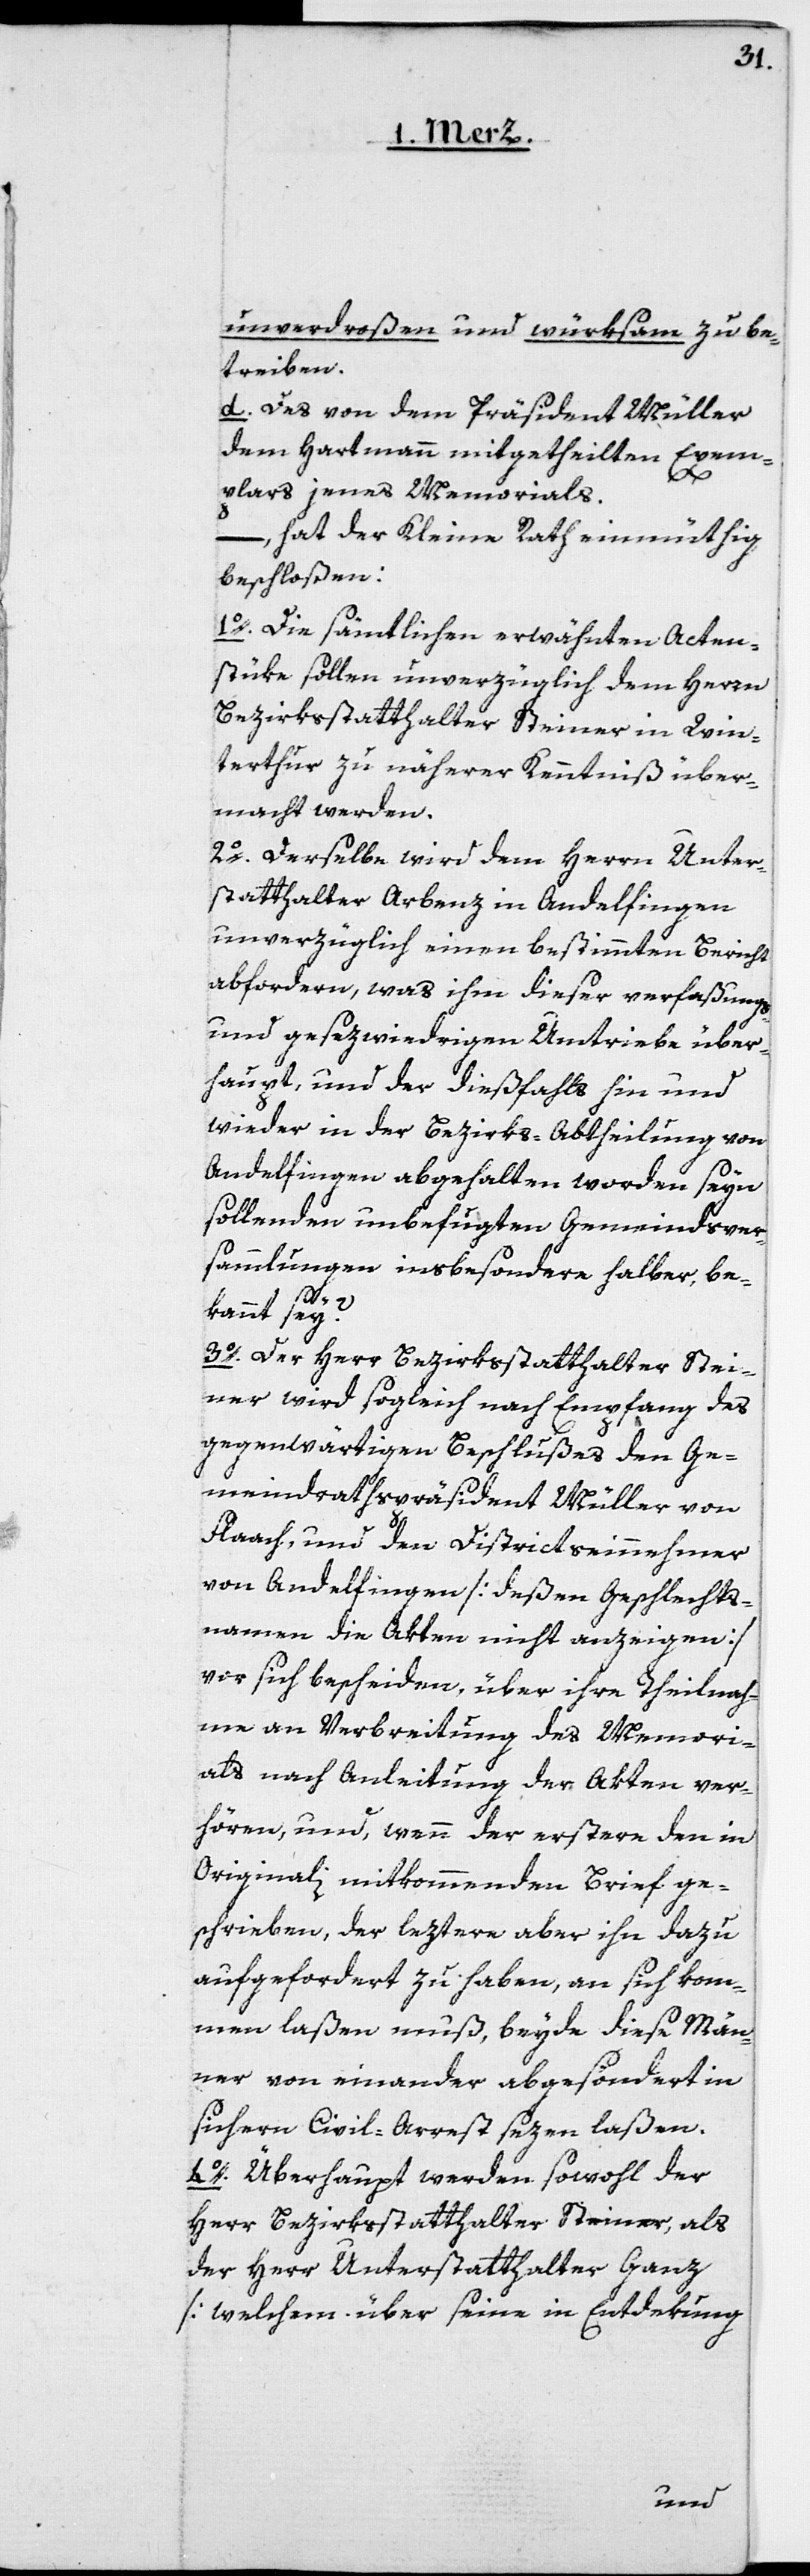
unverdroßen und würksam zu be¬
treiben.
d. Des von dem Präsident Müller
dem Hartmann mitgetheilten Exem¬
plars jenes Memorials,
hat der Kleine Rath einmüthig
beschloßen:
1o. Die sämtlichen erwähnten Acten¬
stüke sollen unverzüglich dem Herrn
Bezirksstatthalter Steiner in Win¬
terthur zu näherer Kenntniß über¬
macht werden.
2o. Derselbe wird dem Herrn Unter¬
statthalter Arbenz in Andelfingen
unverzüglich einen bestimmten Bericht
abfordern, was ihm dieser verfaßungs-
und gesezwidrigen Umtriebe über¬
haupt, und der dießfalls hin und
wieder in der Bezirks-Abtheilung von
Andelfingen abgehalten worden seyn
sollenden unbefugten Gemeindver¬
sammlungen insbesondere halber, be¬
kannt sey?
3o. Der Herr Bezirksstatthalter Stei¬
ner wird sogleich nach Empfang des
gegenwärtigen Beschlußes den Ge¬
meindrathspräsident Müller von
Flaach, und den Districtseinnehmer
von Andelfingen [deßen Geschlechts¬
namen die Akten nicht anzeigen]
vor sich bescheiden, über ihre Theilnah¬
me an Verbreitung des Memori¬
als nach Anleitung der Akten ver¬
hören, und, wenn der erstere den in
Originali mitkommenden Brief ge¬
schrieben, der leztere aber ihn dazu
aufgefordert zu haben, an sich kom¬
men laßen muß, beyde diese Män¬
ner von einander abgesondert in
sichern Civil-Arrest sezen laßen.
4o. Überhaupt werden sowohl der
Herr Bezirksstatthalter Steiner, als
der Herr Unterstatthalter Ganz
[welchem über seine in Entdekung